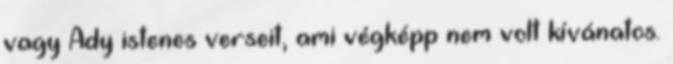
vagy Ady istenes verseit, ami végképp nem volt kívánatos.